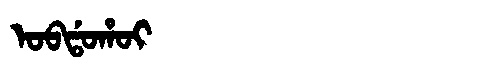
Manchu: ᠣᠪᡩᠣᡥᠣᡳ
Romanization: OBDOHOI